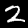
Digit: 2